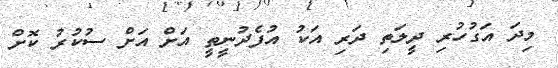
މިދަ އަގުހުރި ދީލަތި ދަރި އަކު އުފެދުނީތީ އަށް އަށް ސުކުރު ކޮށް